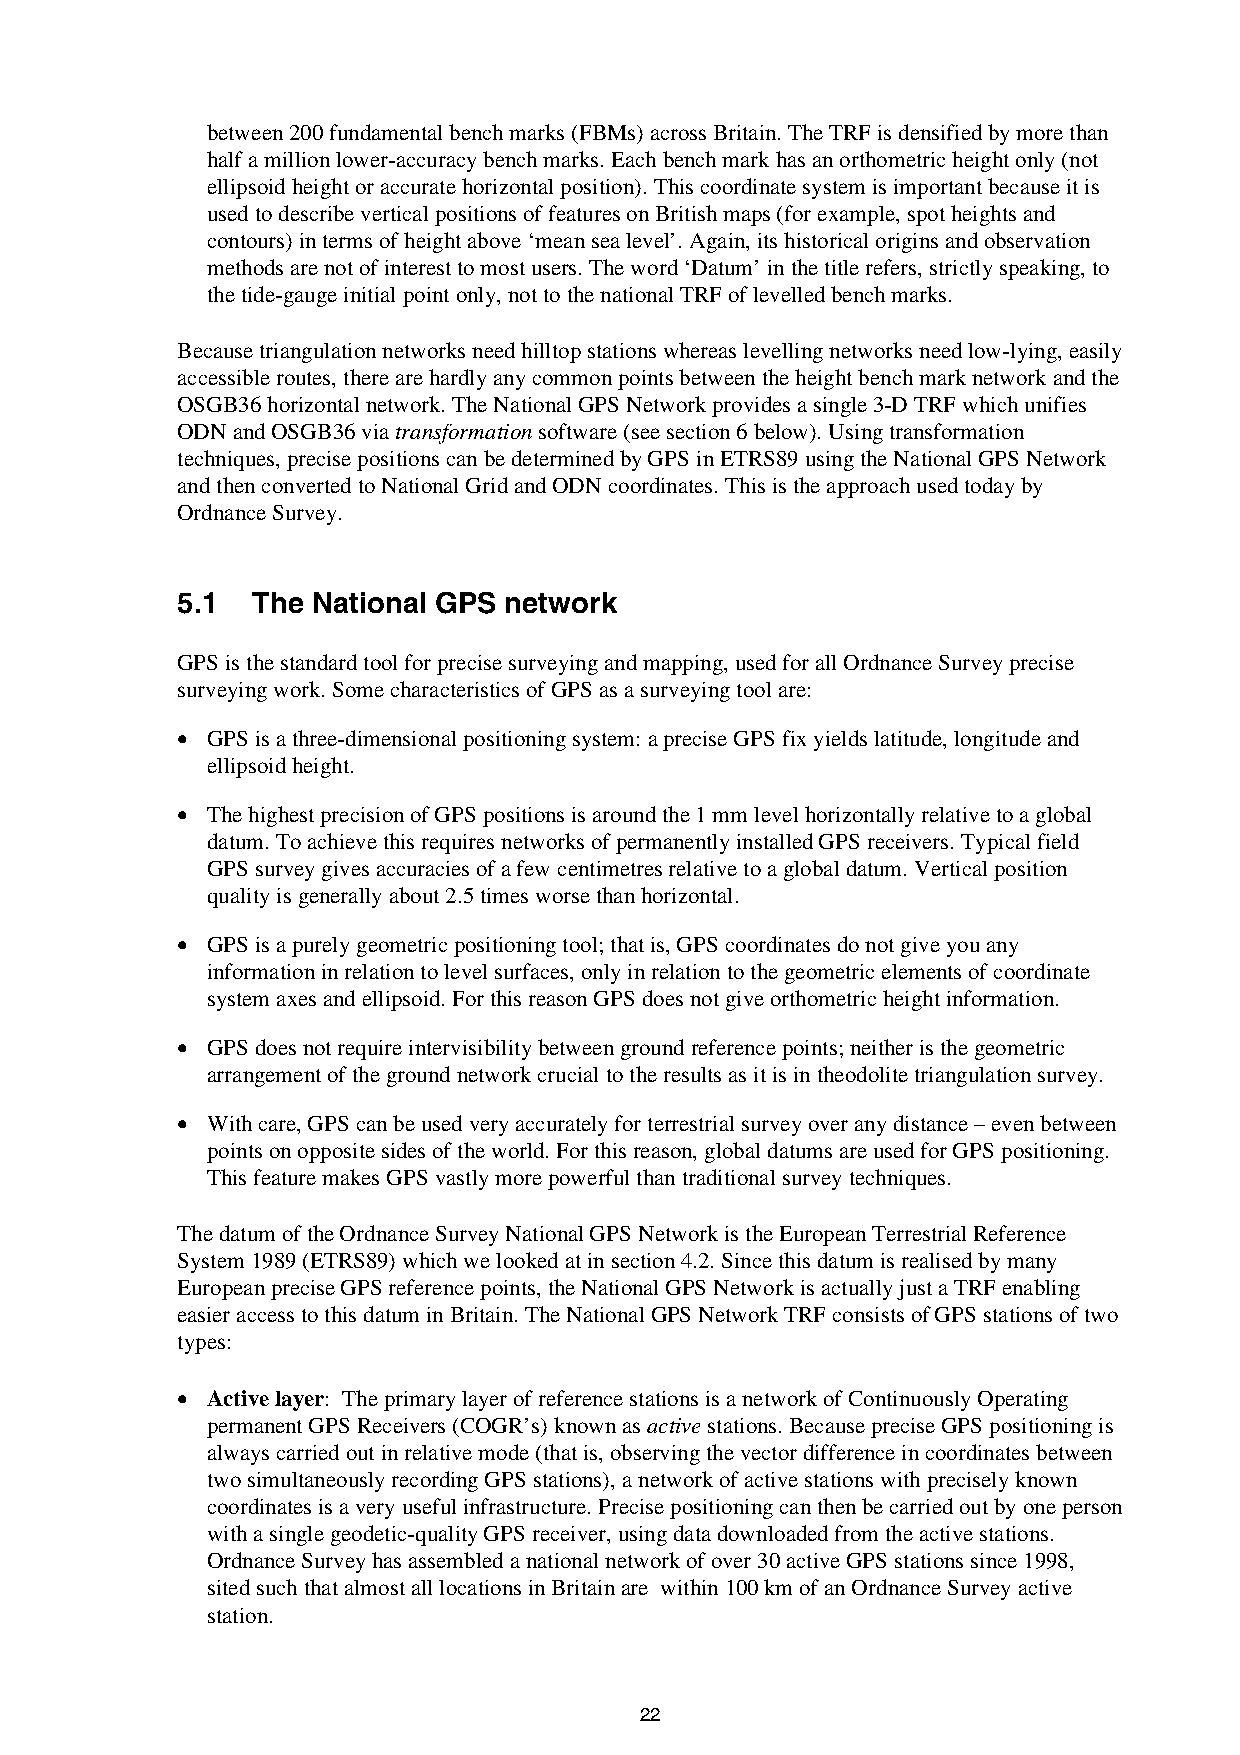
between 200 fundamental bench marks (FBMs) across Britain. The TRF is densified by more than
 half a million lower-accuracy bench marks. Each bench mark has an orthometric height only (not
 ellipsoid height or accurate horizontal position). This coordinate system is important because it is
 used to describe vertical positions of features on British maps (for example, spot heights and
 contours) in terms of height above ‘mean sea level’. Again, its historical origins and observation
 methods are not of interest to most users. The word ‘Datum’ in the title refers, strictly speaking, to
 the tide-gauge initial point only, not to the national TRF of levelled bench marks.
 Because triangulation networks need hilltop stations whereas levelling networks need low-lying, easily
 accessible routes, there are hardly any common points between the height bench mark network and the
 OSGB36 horizontal network. The National GPS Network provides a single 3-D TRF which unifies
 ODN and OSGB36 via transformation software (see section 6 below). Using transformation
 techniques, precise positions can be determined by GPS in ETRS89 using the National GPS Network
 and then converted to National Grid and ODN coordinates. This is the approach used today by
 Ordnance Survey.
 5.1  The National GPS network
 GPS is the standard tool for precise surveying and mapping, used for all Ordnance Survey precise
 surveying work. Some characteristics of GPS as a surveying tool are:
 • GPS is a three-dimensional positioning system: a precise GPS fix yields latitude, longitude and
 ellipsoid height.
 • The highest precision of GPS positions is around the 1 mm level horizontally relative to a global
 datum. To achieve this requires networks of permanently installed GPS receivers. Typical field
 GPS survey gives accuracies of a few centimetres relative to a global datum. Vertical position
 quality is generally about 2.5 times worse than horizontal.
 • GPS is a purely geometric positioning tool; that is, GPS coordinates do not give you any
 information in relation to level surfaces, only in relation to the geometric elements of coordinate
 system axes and ellipsoid. For this reason GPS does not give orthometric height information.
 • GPS does not require intervisibility between ground reference points; neither is the geometric
 arrangement of the ground network crucial to the results as it is in theodolite triangulation survey.
 • With care, GPS can be used very accurately for terrestrial survey over any distance – even between
 points on opposite sides of the world. For this reason, global datums are used for GPS positioning.
 This feature makes GPS vastly more powerful than traditional survey techniques.
 The datum of the Ordnance Survey National GPS Network is the European Terrestrial Reference
 System 1989 (ETRS89) which we looked at in section 4.2. Since this datum is realised by many
 European precise GPS reference points, the National GPS Network is actually just a TRF enabling
 easier access to this datum in Britain. The National GPS Network TRF consists of GPS stations of two
 types:
 • Active layer: The primary layer of reference stations is a network of Continuously Operating
 permanent GPS Receivers (COGR’s) known as active stations. Because precise GPS positioning is
 always carried out in relative mode (that is, observing the vector difference in coordinates between
 two simultaneously recording GPS stations), a network of active stations with precisely known
 coordinates is a very useful infrastructure. Precise positioning can then be carried out by one person
 with a single geodetic-quality GPS receiver, using data downloaded from the active stations.
 Ordnance Survey has assembled a national network of over 30 active GPS stations since 1998,
 sited such that almost all locations in Britain are within 100 km of an Ordnance Survey active
 station.
 22